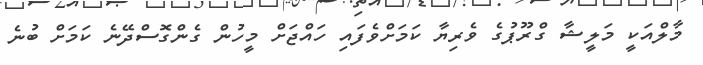
މާލްއަކީ މަލީޝާ ގްރޫޕުގެ ވެރިޔާ ކަމަށްވެފައި ހައްޖަށް މީހުން ގެންގޮސްދޭނެ ކަމަށް ބުނެ